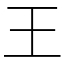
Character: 王